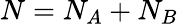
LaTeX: N=N_{A}+N_{B}